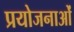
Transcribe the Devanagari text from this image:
प्रयोजनाओं